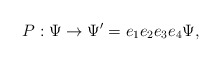
\begin{align*}P:\Psi \rightarrow \Psi ^{\prime }=e_{1}e_{2}e_{3}e_{4}\Psi , \end{align*}